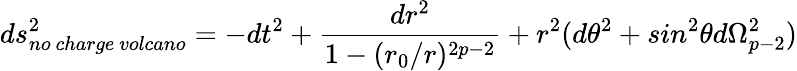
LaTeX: ds_{no\ charge\ volcano}^{2}=-dt^{2}+\frac{dr^{2}}{1-(r_{0}/r)^{2p-2}}+r^{2}(d\theta^{2}+sin^{2}\theta d\Omega_{p-2}^{2})